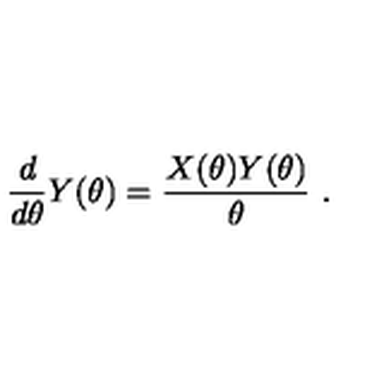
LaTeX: \frac { d } { d \theta } Y ( \theta ) = \frac { X ( \theta ) Y ( \theta ) } { \theta } \ . \